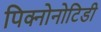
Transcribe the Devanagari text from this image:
पिक्नोनोटिडी